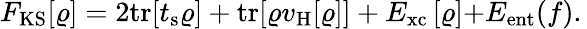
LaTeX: {\displaystyle F_{\mathrm{KS}}[\varrho]=2\mathrm{tr}[t_{\mathrm{s}}\varrho]+\mathrm{tr}[\varrho v_{\mathrm{H}}[\varrho]]+E_{\mathrm{xc}}\left[\varrho\right]}{\displaystyle+E_{\mathrm{ent}}(f)}.\,